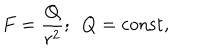
LaTeX: F = { \frac { Q } { r ^ { 2 } } } ; ~ ~ Q = \mathrm { c o n s t } ,